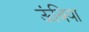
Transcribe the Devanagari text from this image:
ऊंबिया